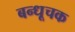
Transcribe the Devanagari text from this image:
बन्धूचक